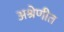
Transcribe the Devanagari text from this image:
अश्रेणीत